65_HS1-834228961_62-HQ-83894_SUB_A
Agency: FBI
Page 30
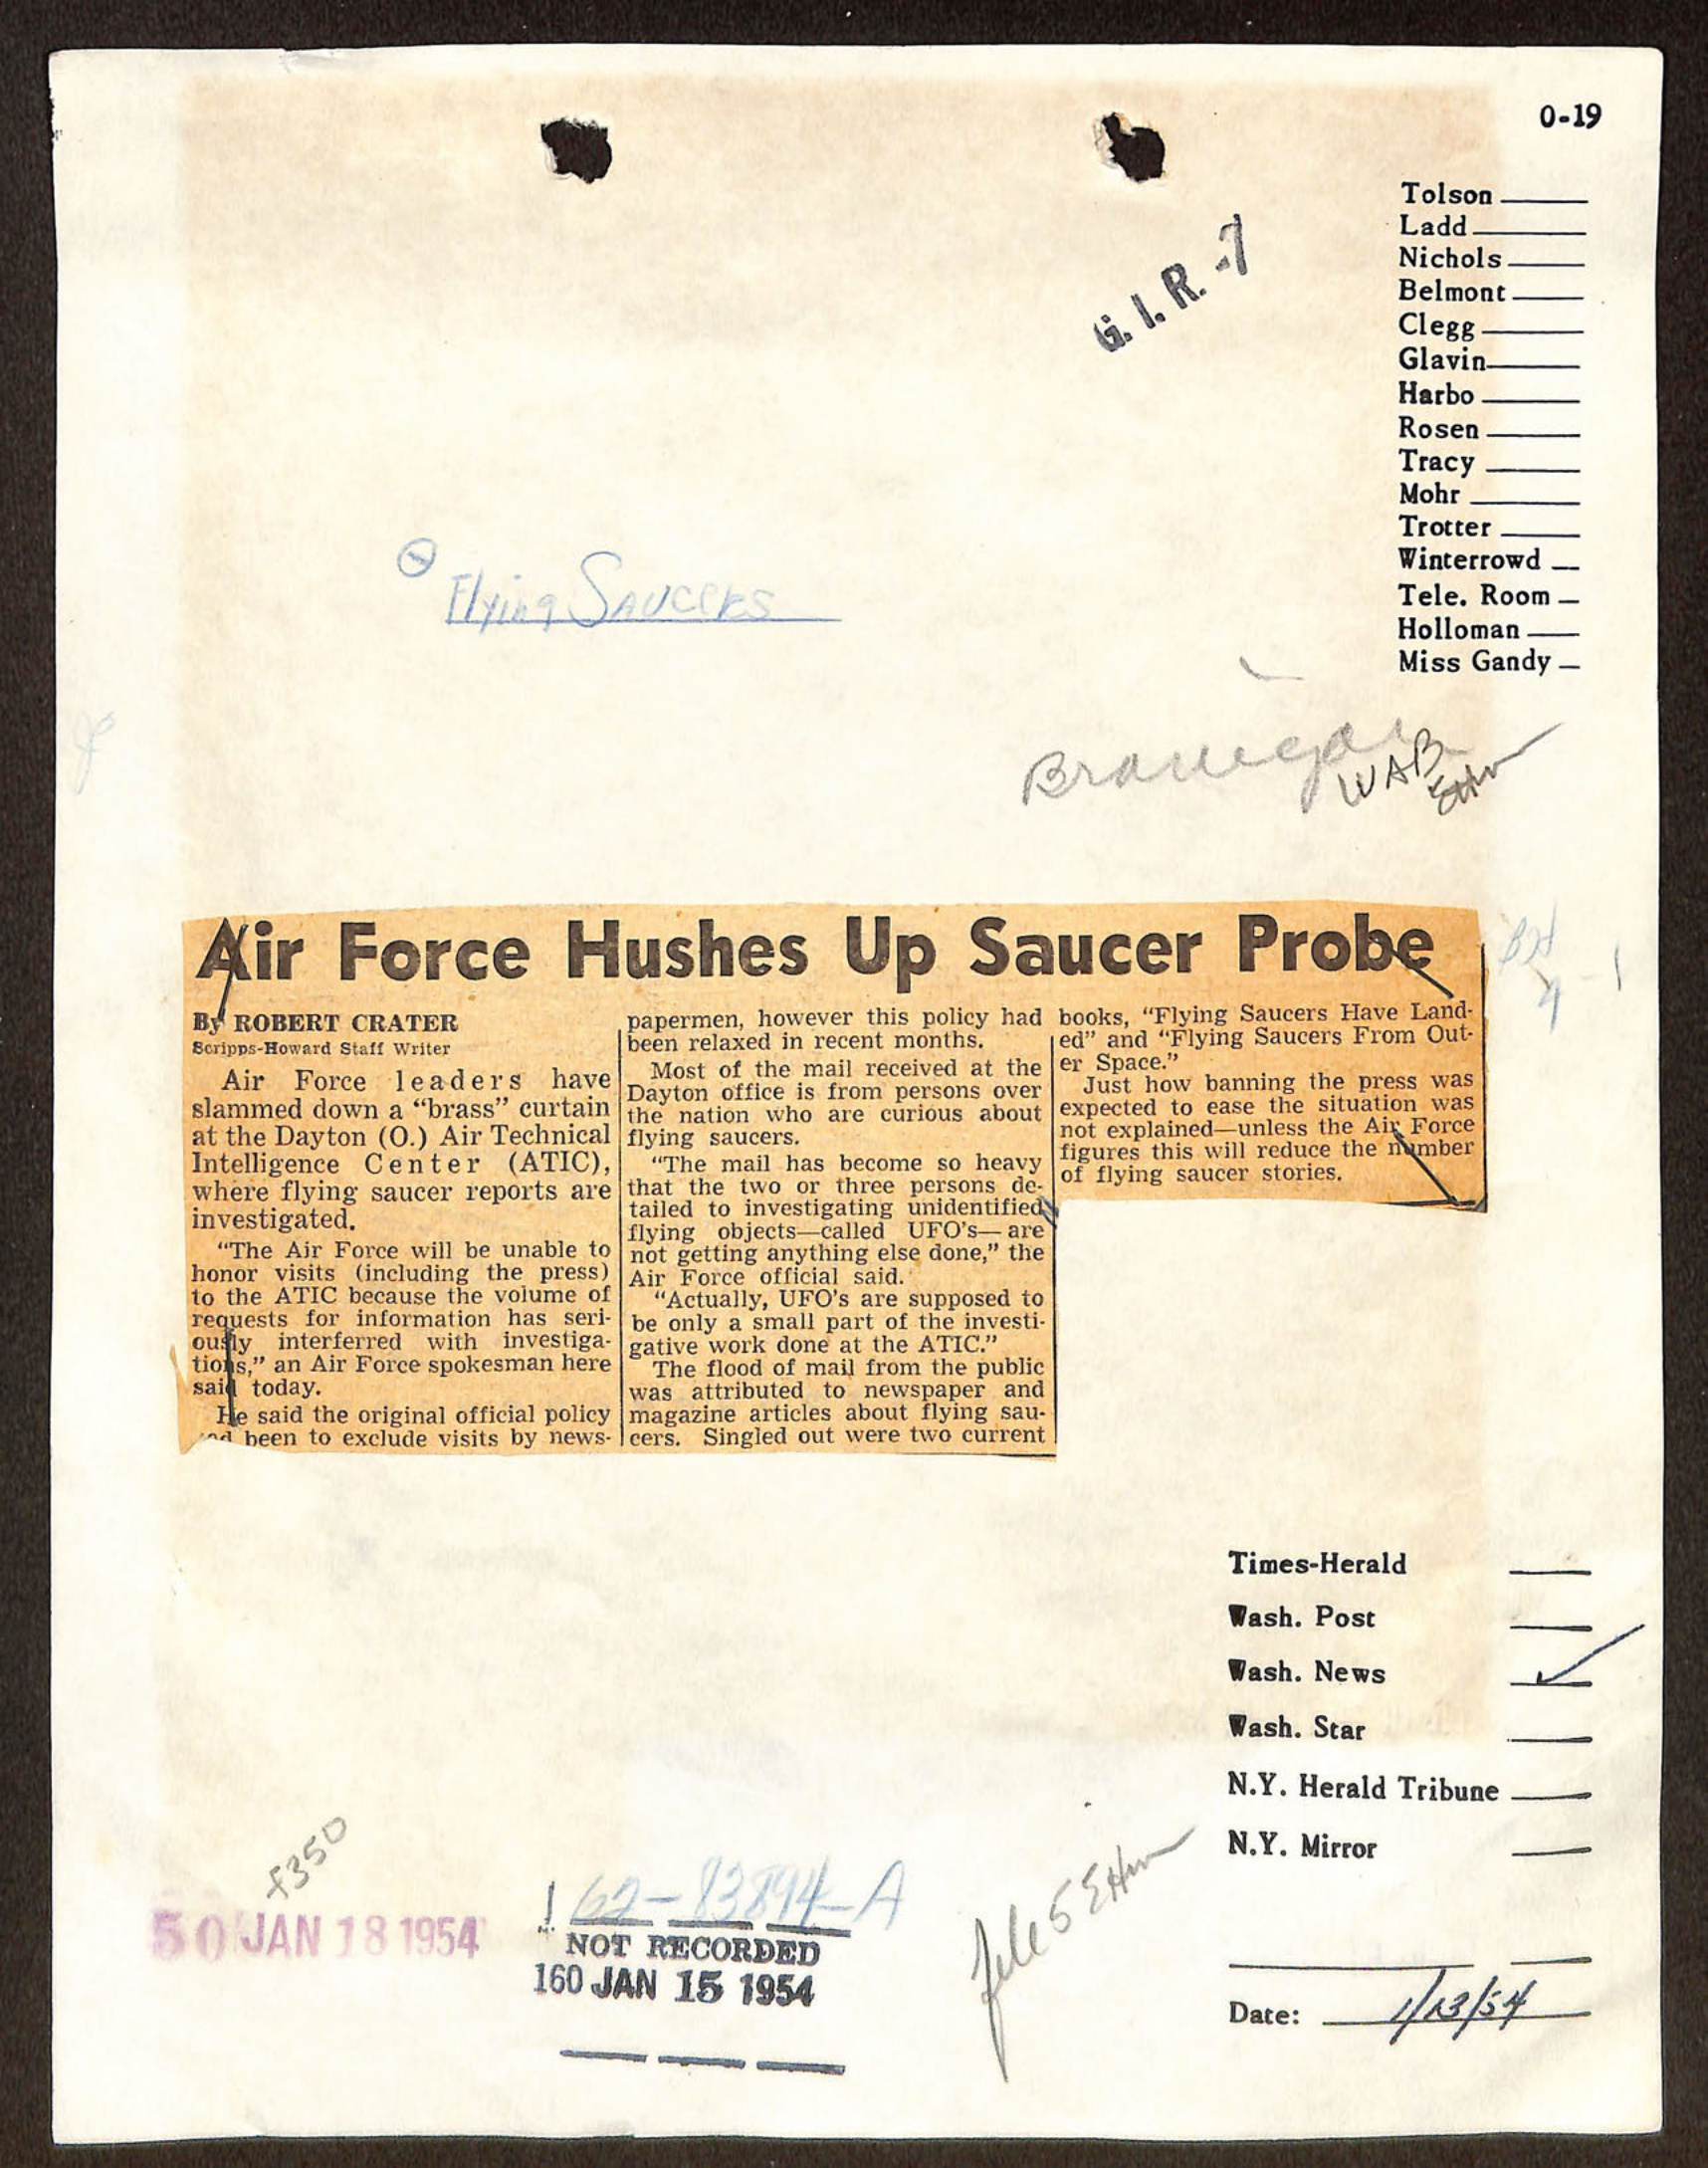